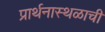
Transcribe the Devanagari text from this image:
प्रार्थनास्थळाची